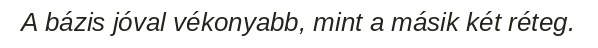
A bázis jóval vékonyabb, mint a másik két réteg.